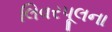
લિવરપૂલના